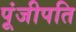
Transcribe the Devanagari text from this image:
पूंजीपति